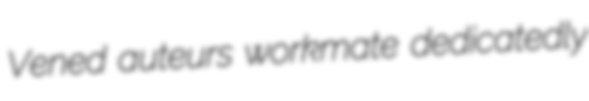
Vened auteurs workmate dedicatedly